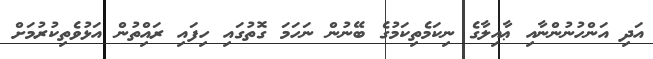
އަދި އަންހުނުންނާއި ޢާއިލާގެ ނިކަމެތިކަމުގެ ބޭނުން ނަހަމަ ގޮތުގައި ހިފައި ރައްިތުން އަޅުވެތިކުރުމަށް